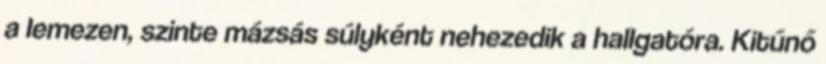
a lemezen, szinte mázsás súlyként nehezedik a hallgatóra. Kitűnő